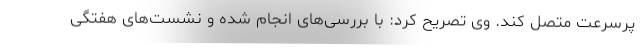
پرسرعت متصل کند. وی تصریح کرد: با بررسی‌های انجام شده و نشست‌های هفتگی